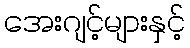
အေးဂျင့်များနှင့်